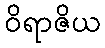
ဝိရာဇိယ